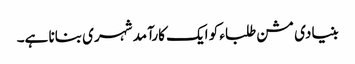
بنیادی مشن طلباء کو ایک کارآمد شہری بنانا ہے۔